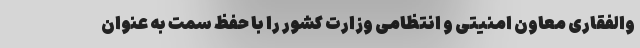
والفقاری معاون امنیتی و انتظامی وزارت کشور را با حفظ سمت به عنوان